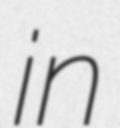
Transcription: in